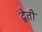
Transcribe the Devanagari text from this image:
द्वेती